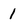
Character: 1